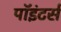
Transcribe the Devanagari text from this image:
पॉइंटर्स